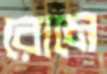
রোমে